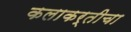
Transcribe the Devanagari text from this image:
कलाकर्तीचा